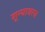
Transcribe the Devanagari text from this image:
शून्यावरच